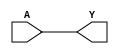
module ATCKBUF
    (
     A,
     Y
     );
input A;
output Y;
reg    Y;
always @(A)
    begin
//    #1.5;
    Y = A;
    end
endmodule